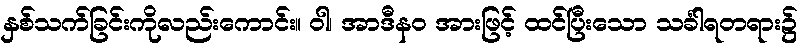
နှစ်သက်ခြင်းကိုလည်းကောင်း။ ဝါ၊ အာဒီနဝ အားဖြင့် ထင်ပြီးသော သင်္ခါရတရား၌